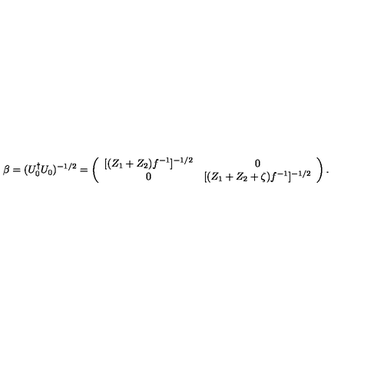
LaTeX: \beta = ( U _ { 0 } ^ { \dag } U _ { 0 } ) ^ { - 1 / 2 } = \left( \begin{array} { c c } { [ ( Z _ { 1 } + Z _ { 2 } ) f ^ { - 1 } ] ^ { - 1 / 2 } } & { 0 } \\ { 0 } & { [ ( Z _ { 1 } + Z _ { 2 } + \zeta ) f ^ { - 1 } ] ^ { - 1 / 2 } } \\ \end{array} \right) .